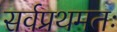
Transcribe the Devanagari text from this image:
सर्वप्रथमतः